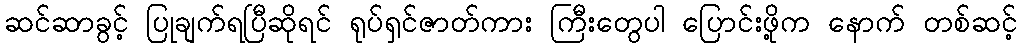
ဆင်ဆာခွင့် ပြုချက်ရပြီဆိုရင် ရုပ်ရှင်ဇာတ်ကား ကြီးတွေပါ ပြောင်းဖို့က နောက် တစ်ဆင့်